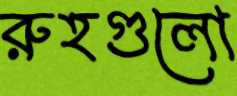
রুহগুলো